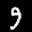
Label: 9